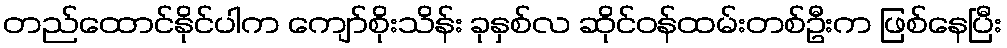
တည်ထောင်နိုင်ပါက ကျော်စိုးသိန်း ခုနှစ်လ ဆိုင်ဝန်ထမ်းတစ်ဦးက ဖြစ်နေပြီး